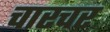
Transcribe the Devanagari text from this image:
चारचर